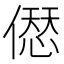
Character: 𠍴